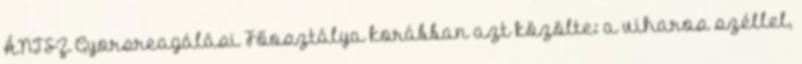
ÁNTSZ Gyorsreagálási Főosztálya korábban azt közölte: a viharos széllel,